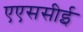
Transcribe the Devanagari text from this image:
एएससीई